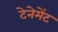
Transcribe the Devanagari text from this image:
टेनेमेंट